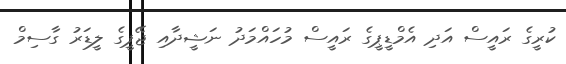
ކުރީގެ ރައީސް އަދި އެމްޑީޕީގެ ރައީސް މުހައްމަދު ނަޝީދާއި ޖޭޕީގެ ލީޑަރު ގާސިމް